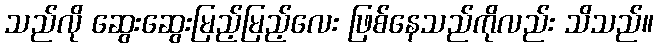
သည်လို ဆွေးဆွေးမြည့်မြည့်လေး ဖြစ်နေသည်ကိုလည်း သိသည်။